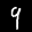
Label: 9